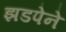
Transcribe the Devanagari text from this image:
झडपेने